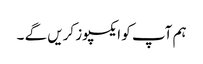
ہم آپ کو ایکسپوز کریں گے ۔